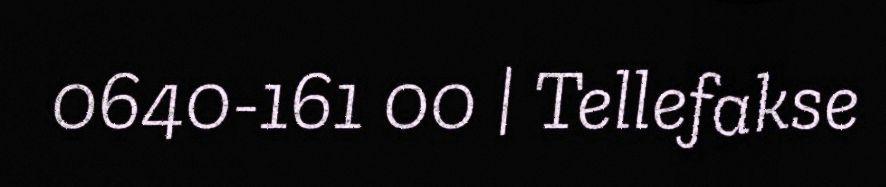
0640-161 00 | Tellefakse